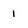
Character: I